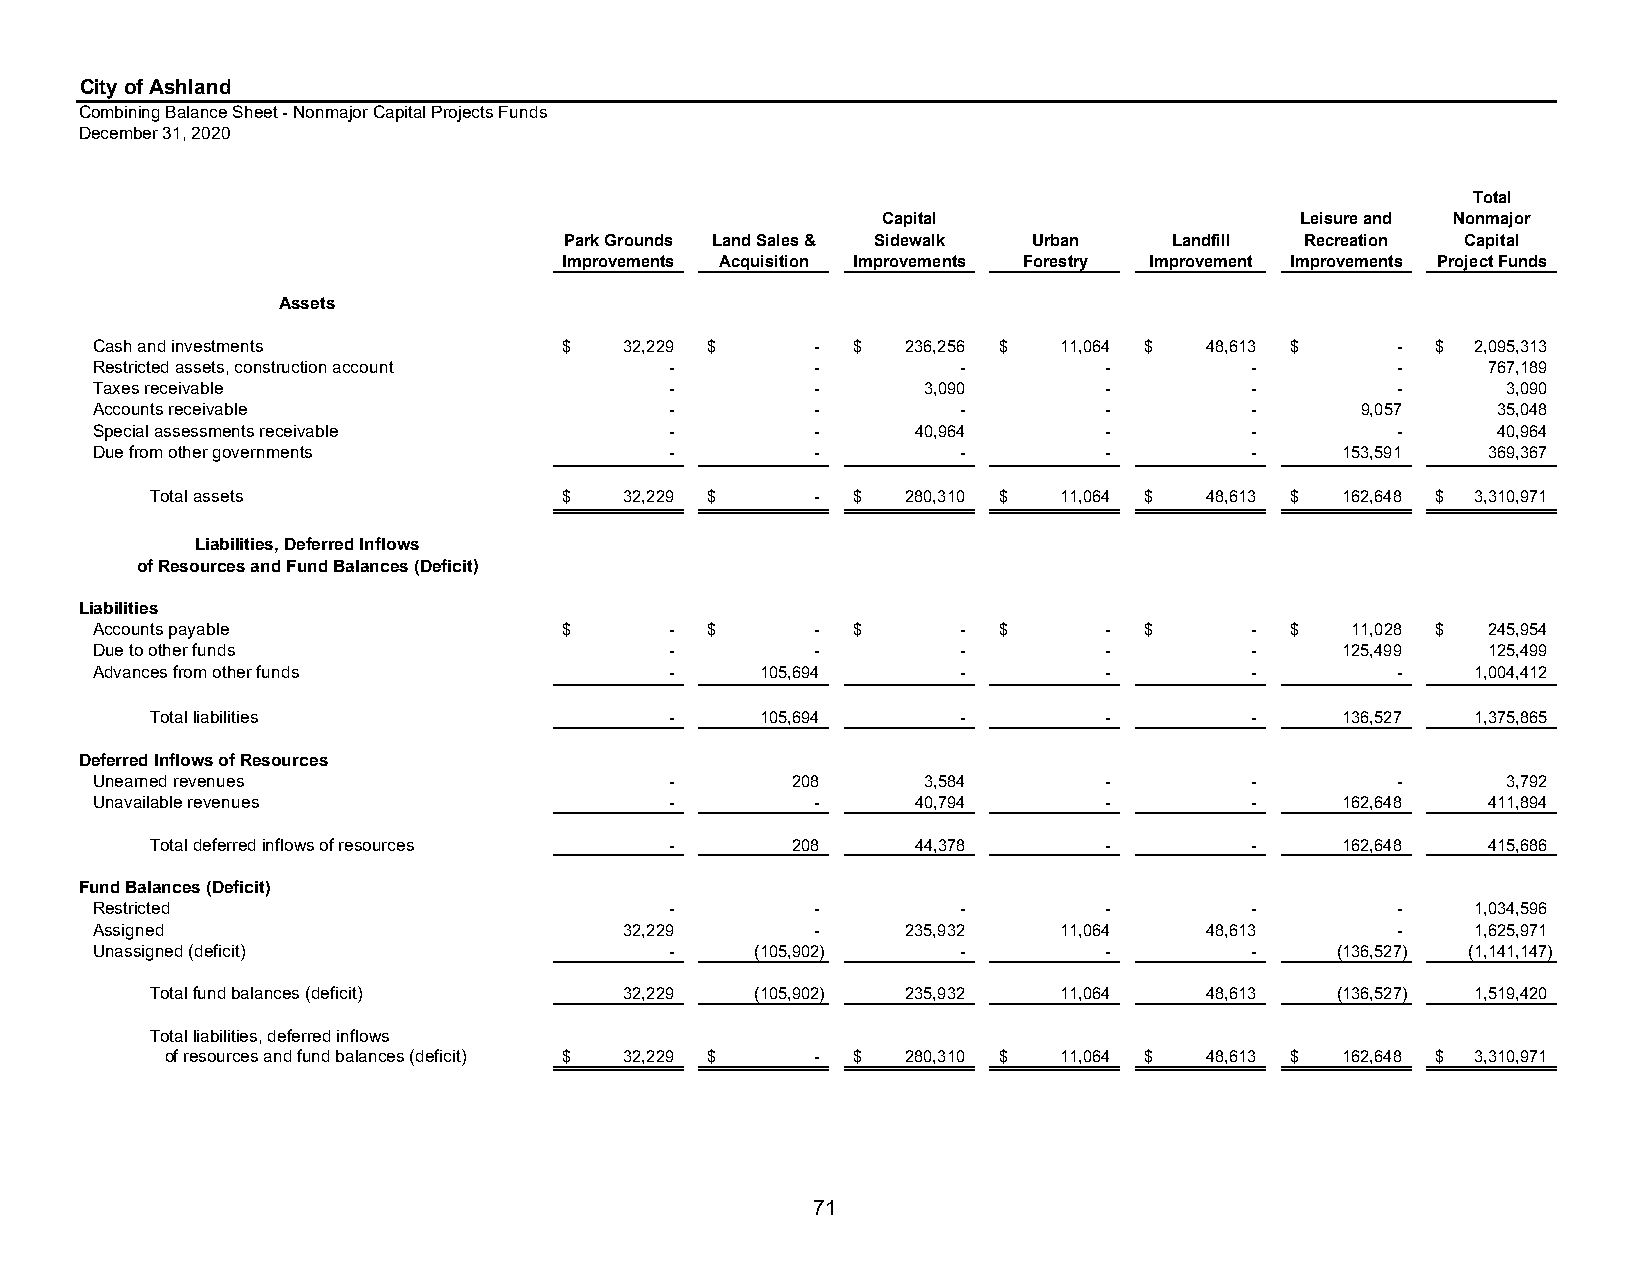
City of Ashland
 Combining Balance Sheet - Nonmajor Capital Projects Funds
 December 31, 2020
 Total
 Capital                     Leisure and Nonmajor
 Park Grounds Land Sales & Sidewalk Urban Landfill Recreation Capital
 Improvements Acquisition Improvements Forestry Improvement Improvements Project Funds
 Assets
 Cash and investments           $   32,229 $     - $   236,256 $ 11,064 $  48,613 $    -  $  2,095,313
 Restricted assets, construction account -       -         -        -         -        -     767,189
 Taxes receivable                      -         -      3,090       -         -        -       3,090
 Accounts receivable                   -         -         -        -         -      9,057    35,048
 Special assessments receivable        -         -      40,964      -         -        -      40,964
 Due from other governments            -         -         -        -         -     153,591  369,367
 Total assets               $   32,229 $     - $   280,310 $ 11,064 $  48,613 $ 162,648 $ 3,310,971
 Liabilities, Deferred Inflows
 of Resources and Fund Balances (Deficit)
 Liabilities
 Accounts payable               $      -  $      - $       - $      -  $      - $   11,028 $ 245,954
 Due to other funds                    -         -         -        -         -     125,499  125,499
 Advances from other funds             -     105,694       -        -         -        -     1,004,412
 Total liabilities                 -     105,694       -        -         -     136,527  1,375,865
 Deferred Inflows of Resources
 Unearned revenues                     -       208      3,584       -         -        -       3,792
 Unavailable revenues                  -         -      40,794      -         -     162,648  411,894
 Total deferred inflows of resources -     208      44,378      -         -     162,648  415,686
 Fund Balances (Deficit)
 Restricted                            -         -         -        -         -        -     1,034,596
 Assigned                           32,229       -     235,932   11,064    48,613      -     1,625,971
 Unassigned (deficit)                  -     (105,902)     -        -         -    (136,527) (1,141,147)
 Total fund balances (deficit)  32,229   (105,902) 235,932   11,064    48,613  (136,527) 1,519,420
 Total liabilities, deferred inflows
 of resources and fund balances (deficit) $ 32,229 $ - $ 280,310 $ 11,064 $ 48,613 $ 162,648 $ 3,310,971
 71